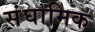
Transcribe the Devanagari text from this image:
संघामिक